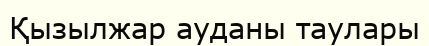
Қызылжар ауданы таулары